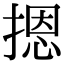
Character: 摁